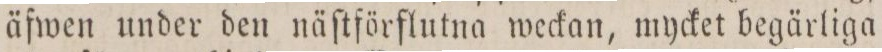
äfwen under den näſtförflutna weckan, mycket begärliga